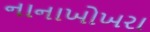
નાનાખોખરા